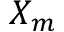
X _ { m }